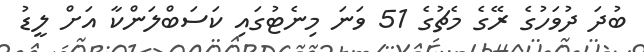
ބުދަ ދުވަހުގެ ރޭގެ މެޗުގެ 51 ވަނަ މިނެޓުގައި ކަސަބްލަންކާ އަށް ލީޑު